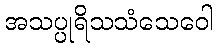
အသပ္ပုရိသသံသေဝေါ